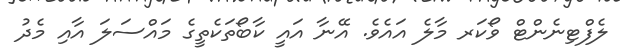
ލެފްޓިނެންޓް ވޯކަރ މާލެ އައެވެ. އޭނާ އައީ ކާބޯތަކެތީގެ މައްސަލަ އާއި މެދު